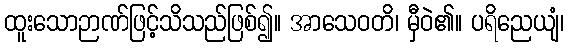
ထူးသောဉာဏ်ဖြင့်သိသည်ဖြစ်၍။ အာသေဝတိ၊ မှီဝဲ၏။ ပရိညေယျံ၊